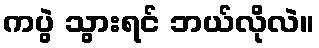
ကပွဲ သွားရင် ဘယ်လိုလဲ။